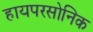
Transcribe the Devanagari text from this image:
हायपरसोनिक